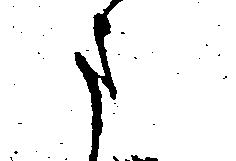
さ